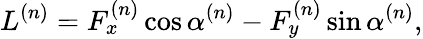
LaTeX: L^{(n)}=F_{x}^{(n)}\cos{\alpha^{(n)}}-F_{y}^{(n)}\sin{\alpha^{(n)}},